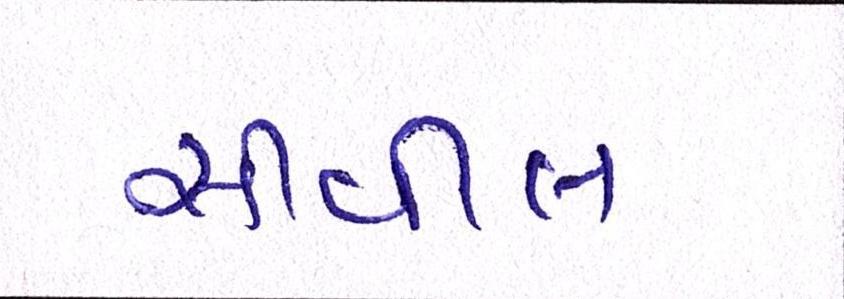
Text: સીવીલ